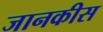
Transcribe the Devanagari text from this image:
जानकीस